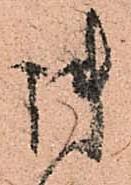
御